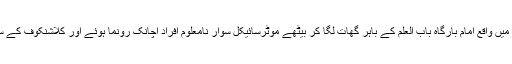
تفصیلات کے مطابق اسلام آباد کے علاقے سیکٹر آئی ایٹ میں واقع امام بارگاہ باب العلم کے باہر گھات لگا کر بیٹھے موٹرسائیکل سوار نامعلوم افراد اچانک رونما ہوئے اور کلاشنکوف کے ساتھ نمازیوں پر اندھا دھند فائرنگ کردی اور فرار ہوگئے۔